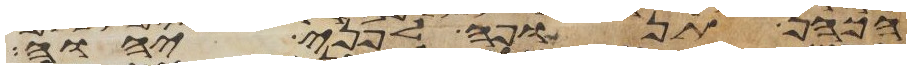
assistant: הכהן תנופה לפני יהוה